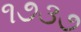
૧૭૩૭